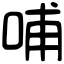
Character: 哺